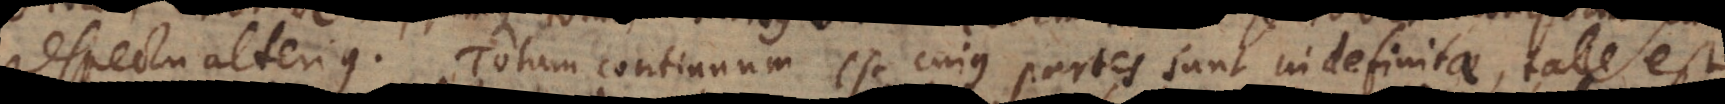
respectu alterius. Totum continuum est cujus partes sunt indefinitae, tale est